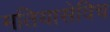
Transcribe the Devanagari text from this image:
मतियासेविच